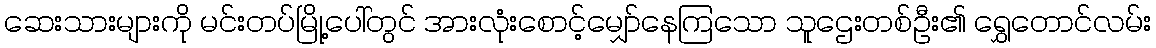
ဆေးသားများကို မင်းတပ်မြို့ပေါ်တွင် အားလုံးစောင့်မျှော်နေကြသော သူဌေးတစ်ဦး၏ ရွှေတောင်လမ်း